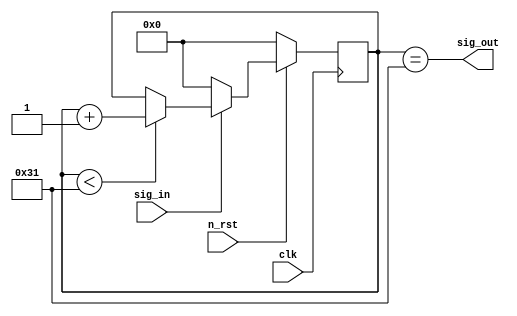
`default_nettype none

module debouncer
  #(
    parameter SYS_CLOCK_FREQ = 50 * 10 ** 6, // 50 MHz
    parameter NS = 1000 // 10 us
  )
  (
    input wire clk,
    input wire n_rst,
    input wire sig_in,
    output wire sig_out
  );

  localparam integer SYS_PERIOD_NS = 10 ** 9 / SYS_CLOCK_FREQ;
  localparam integer CLK_CNT_MAX = NS / SYS_PERIOD_NS;

  reg [$clog2(CLK_CNT_MAX):0] clk_cnt;

  always @(posedge clk) begin
    if (!n_rst) begin
      clk_cnt <= 'd0;
    end else begin
      if (sig_in) begin
        clk_cnt <= (clk_cnt < CLK_CNT_MAX - 1) ? clk_cnt + 1'b1 : clk_cnt;
      end else begin
        clk_cnt <= 'd0;
      end
    end
  end

  assign sig_out = clk_cnt == CLK_CNT_MAX - 1;
endmodule

`default_nettype wire